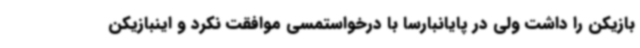
بازیکن را داشت ولی در پایانبارسا با درخواستمسی موافقت نکرد و اینبازیکن